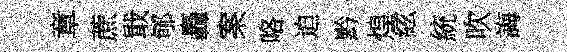
章蔗戢郇轟案咯迫黔煌絃統吹誨